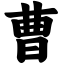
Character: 曹